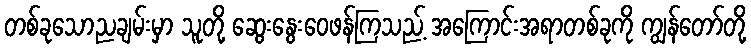
တစ်ခုသောညချမ်းမှာ သူတို့ ဆွေးနွေးဝေဖန်ကြသည့် အကြောင်းအရာတစ်ခုကို ကျွန်တော်တို့